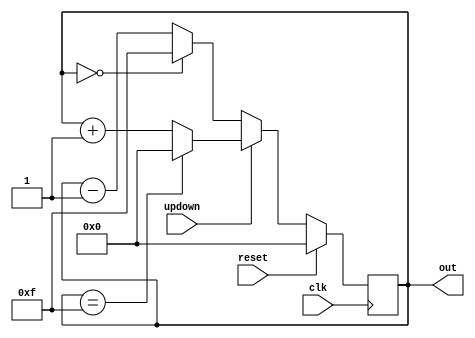
//************************************************************
// E BALAKRISHNA 
// Verilog file: dvsd_4bit_binary_counter.v
//************************************************************


// Declare input port and 4-bit output port to get the counter values  
  
 module dvsd_4bit_binary_counter (input clk,
                                   input reset,
                                   input updown,
                                   output reg[3:0] out);

// This always block will be triggered at the rising edge of clk (0->1)  
// It checks if the reset is 0, then change out to zero   
// It checks if reset is 1, then the design should be allowed to count updown, so increment and decrement the counter   
  
  always @ (posedge clk) begin  
    if (reset)  
      out <= 0;
    else
        if(updown==1)
           if(out==15)
               out <= 0;  
           else
// Here, value increment by 1 for up counter

               out <= out + 1; 
        else          
            if(out==0)
               out<=15;
           else
// Here, value decrement by 1 for down counter

               out<= out-1;  
  end  
endmodule